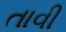
તાવી